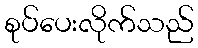
စုပ်ပေးလိုက်သည်